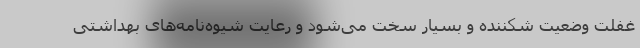
غفلت وضعیت شکننده و بسیار سخت می‌شود و رعایت شیوه‌نامه‌های بهداشتی